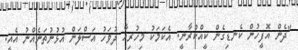
"ދެން އޮފީހުން ކެނޑިގެން ކީއްކުރާނީ. އެކަމަކު މިހުރިހާ ދުވަހު އަސްލަން އުޅުނުތަނެއްނު އެއީ.